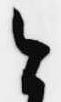
今